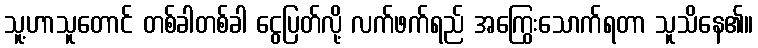
သူ့ဟာသူတောင် တစ်ခါတစ်ခါ ငွေပြတ်လို့ လက်ဖက်ရည် အကြွေးသောက်ရတာ သူသိနေ၏။